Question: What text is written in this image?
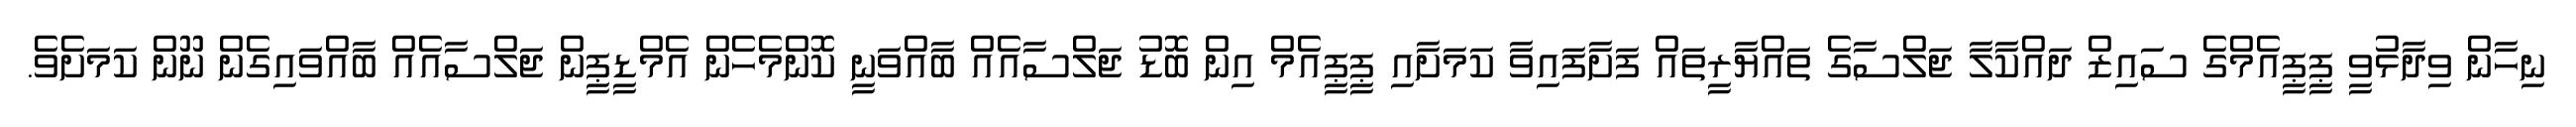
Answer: ނިހާން ވިދާޅުވީ ޕީޕީއެމްގެ ސައިޒް ދައްކާލާ ޖަލްސާގެ ތައްޔާރީތައް ފަށާފައިވާ ކަމަށާއި ޕީޕީއެމް އިން ބޮޑު ޖަލްސާއެއް ބާއްވަނީ ކޮންމެހެން އެމްޑީޕީން ޖަލްސާއެއް ބާއްވައިގެން ނޫން ކަމަށެވެ.